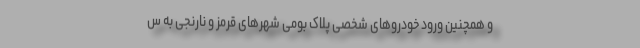
و همچنین ورود خودروهای شخصیِ پلاک بومیِ شهرهای قرمز و نارنجی به س